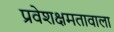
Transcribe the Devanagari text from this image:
प्रवेशक्षमतावाला